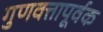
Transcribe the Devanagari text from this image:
गुणवत्तापूर्वक